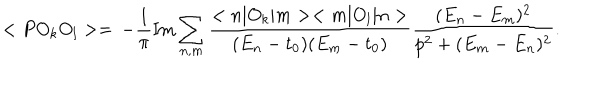
< P O _ { k } O _ { l } > = \nonumber \, - \frac { 1 } { \pi } \mathrm { I m } \sum _ { n , m } \frac { < n | O _ { k } | m > < m | O _ { l } | n > } { ( E _ { n } - t _ { 0 } ) ( E _ { m } - t _ { 0 } ) } \frac { ( E _ { n } - E _ { m } ) ^ { 2 } } { p ^ { 2 } + ( E _ { m } - E _ { n } ) ^ { 2 } } .